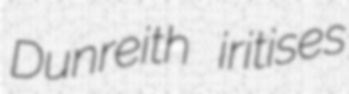
Dunreith iritises